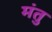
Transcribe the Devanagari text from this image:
मंतु